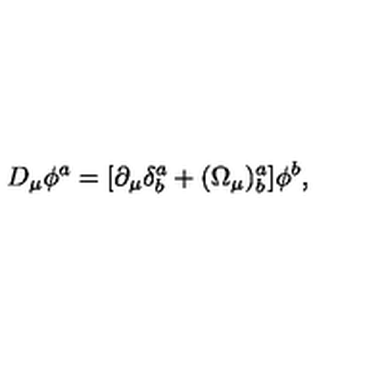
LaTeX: D _ { \mu } \phi ^ { a } = [ \partial _ { \mu } \delta _ { b } ^ { a } + ( \Omega _ { \mu } ) _ { b } ^ { a } ] \phi ^ { b } ,